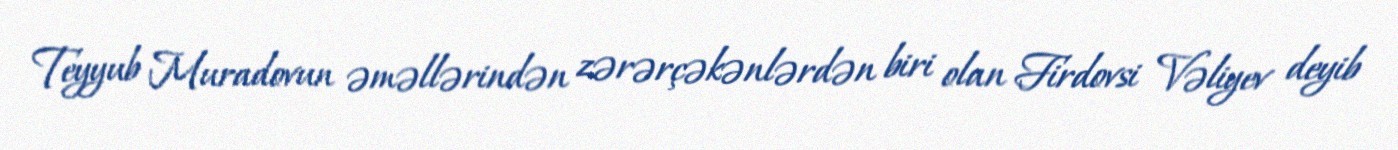
Teyyub Muradovun əməllərindən zərərçəkənlərdən biri olan Firdovsi Vəliyev deyib